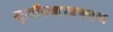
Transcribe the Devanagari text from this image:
सूर्योदयास्तकाल